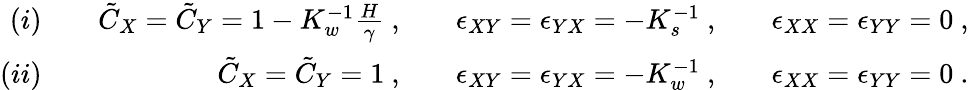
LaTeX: \begin{array}{rlrlrlr}{(i)}&{}&{\tilde{C}_{X}=\tilde{C}_{Y}=1-K_{w}^{-1}\frac{H}{\gamma}~,}&{}&{\epsilon_{XY}=\epsilon_{YX}=-K_{s}^{-1}~,}&{}&{\epsilon_{XX}=\epsilon_{YY}=0~,}\\ {(ii)}&{}&{\tilde{C}_{X}=\tilde{C}_{Y}=1~,}&{}&{\epsilon_{XY}=\epsilon_{YX}=-K_{w}^{-1}~,}&{}&{\epsilon_{XX}=\epsilon_{YY}=0~.}\end{array}